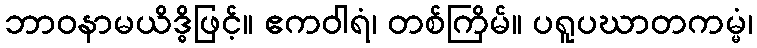
ဘာဝနာမယိဒ္ဓိဖြင့်။ ဧကဝါရံ၊ တစ်ကြိမ်။ ပရူပဃာတကမ္မံ၊